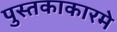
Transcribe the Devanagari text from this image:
पुस्तकाकारमे